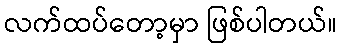
လက်ထပ်တော့မှာ ဖြစ်ပါတယ်။